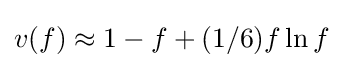
v(f)\approx 1-f+(1/6)f\ln f